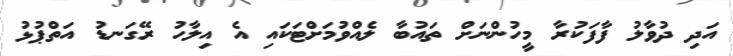
އަދި ދުވާލު ފާފަކުރާ މީހުންނަށް ތައުބާ ލެއްވުމަށްޓަކައި އެ އިލާހު ރޭގަނޑު އަތްޕުޅު